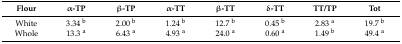
| Flour | α-TP | β-TP | α-TT | β-TT | δ-TT | TT/TP | Tot |
 | --- | --- | --- | --- | --- | --- | --- | --- |
 | White | 3.34 b | 2.00 b | 1.24 b | 12.7 b | 0.45 b | 2.83 a | 19.7 b |
 | Whole | 13.3 a | 6.43 a | 4.93 a | 24.0 a | 0.60 a | 1.49 b | 49.4 a |